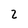
Character: 2